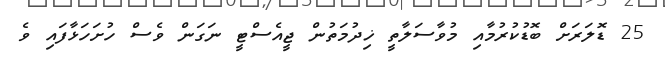
25 ޑޮލަރަށް ބޮޑުކުރުމާއި މުވާސަލާތީ ޚިދުމަތުން ޖީއެސްޓީ ނަގަން ވެސް ހުށަހަޅާފައި ވެ